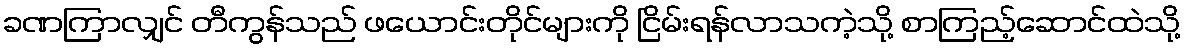
ခဏကြာလျှင် တီကွန်သည် ဖယောင်းတိုင်များကို ငြိမ်းရန်လာသကဲ့သို့ စာကြည့်ဆောင်ထဲသို့